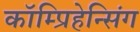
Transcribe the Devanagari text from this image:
कॉम्प्रिहेन्सिंग